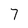
Character: 7